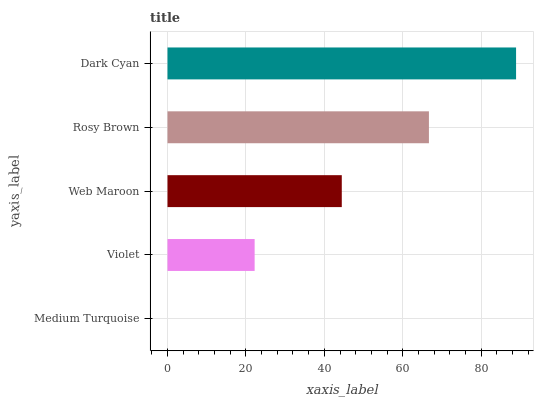
| yaxis_label | bars |
 | --- | --- |
 | Medium Turquoise | 0 |
 | Violet | 22.2 |
 | Web Maroon | 44.4 |
 | Rosy Brown | 66.7 |
 | Dark Cyan | 88.9 |